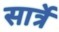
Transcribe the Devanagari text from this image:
सार्त्रे